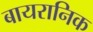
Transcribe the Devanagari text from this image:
बायरानिक